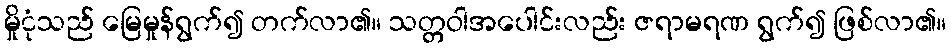
မှိုငုံသည် မြေမှုန်ရွက်၍ တက်လာ၏။ သတ္တဝါအပေါင်းလည်း ဇရာမရဏ ရွက်၍ ဖြစ်လာ၏။